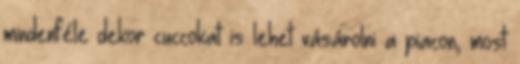
mindenféle dekor cuccokat is lehet vásárolni a piacon, most